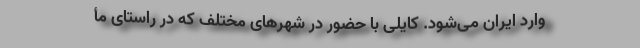
وارد ایران می‌شود. کایلی با حضور در شهر‌های مختلف که در راستای مأ